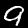
Digit: 9